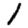
Digit: 1